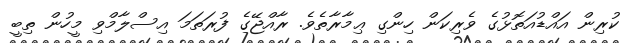
ކުރިން އައްޑުއަތޮޅުގެ ވެރިކަން ހިންގި ޢިމާރާތެވެ. ރާއްޖޭގެ ފުރަތަމަ އިސްލާމްވި މީހުން ތިބީ